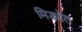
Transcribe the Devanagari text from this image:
मिडवेत